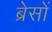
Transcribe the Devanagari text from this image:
ब्रेसों